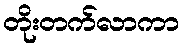
တိုးတက်လာကာ